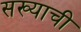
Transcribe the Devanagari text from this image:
सख्याची